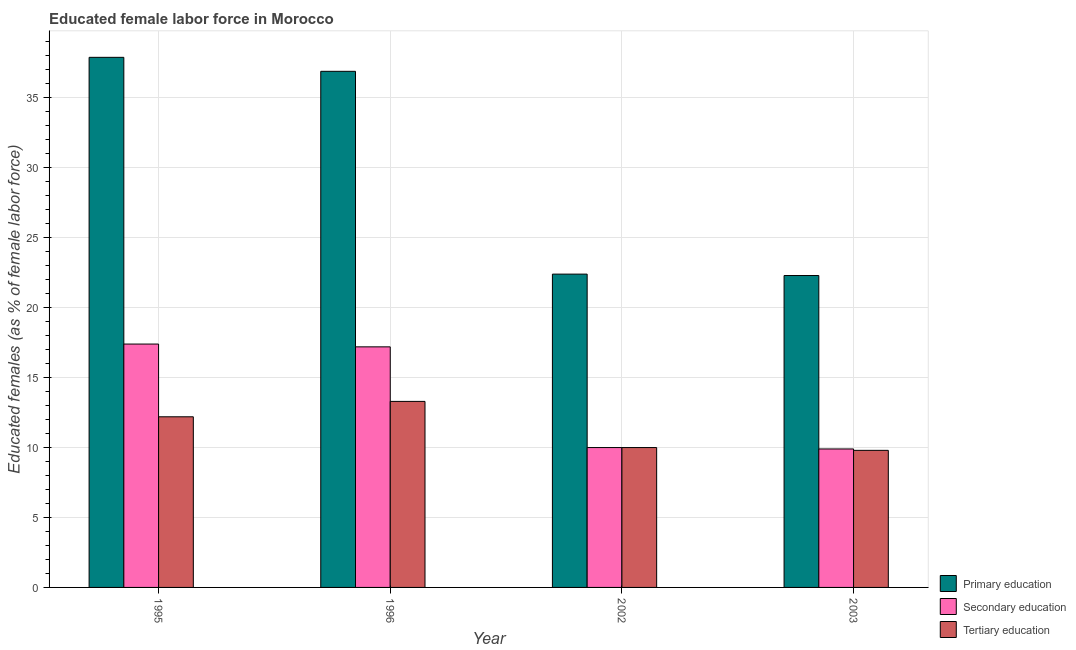
| Year | Primary education | Secondary education | Tertiary education |
 | --- | --- | --- | --- |
 | 1995 | 37.9 | 17.4 | 12.2 |
 | 1996 | 36.9 | 17.2 | 13.3 |
 | 2002 | 22.4 | 10 | 10 |
 | 2003 | 22.3 | 9.9 | 9.8 |